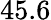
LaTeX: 45.6